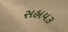
સહાય૩